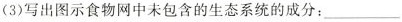
(3)写出图示食物网中未包含的生态系统的成分： ___